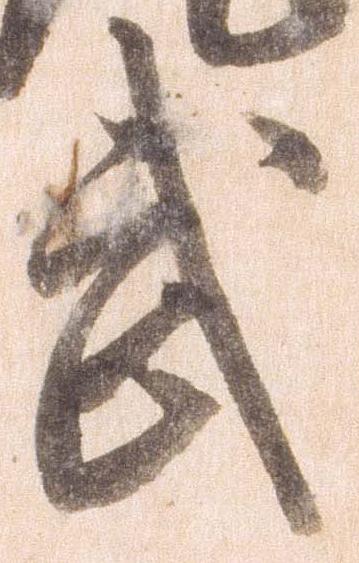
武